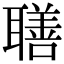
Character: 𦗢